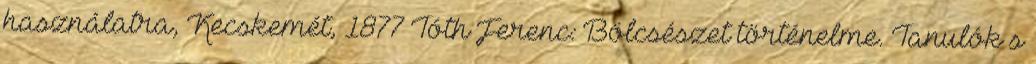
használatra, Kecskemét, 1877 Tóth Ferenc: Bölcsészet történelme. Tanulók s